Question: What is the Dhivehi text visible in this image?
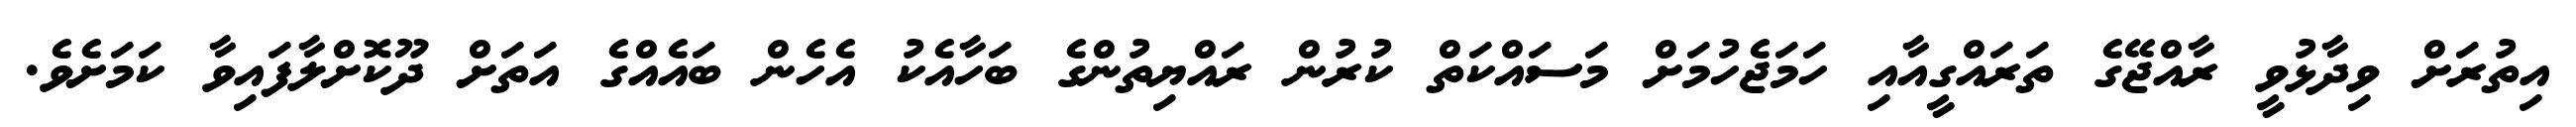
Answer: އިތުރަށް ވިދާޅުވީ ރާއްޖޭގެ ތަރައްގީއާއި ހަމަޖެހުމަށް މަސައްކަތް ކުރުން ރައްޔިތުންގެ ބަހާއެކު އެހެން ބައެއްގެ އަތަށް ދޫކޮށްލާފައިވާ ކަމަށެވެ.